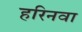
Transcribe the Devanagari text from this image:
हरिनवा